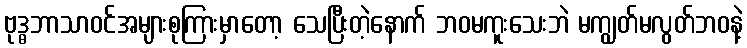
ဗုဒ္ဓဘာသာဝင်အများစုကြားမှာတော့ သေပြီးတဲ့နောက် ဘဝမကူးသေးဘဲ မကျွတ်မလွတ်ဘဝနဲ့